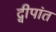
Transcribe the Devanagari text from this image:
द्वीपांत